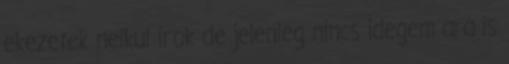
ekezetek nelkul irok de jelenleg nincs idegem ara is